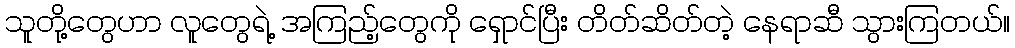
သူတို့တွေဟာ လူတွေရဲ့ အကြည့်တွေကို ရှောင်ပြီး တိတ်ဆိတ်တဲ့ နေရာဆီ သွားကြတယ်။